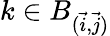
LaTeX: k\in B_{(\vec{i},\vec{j})}